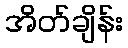
အိတ်ချိန်း